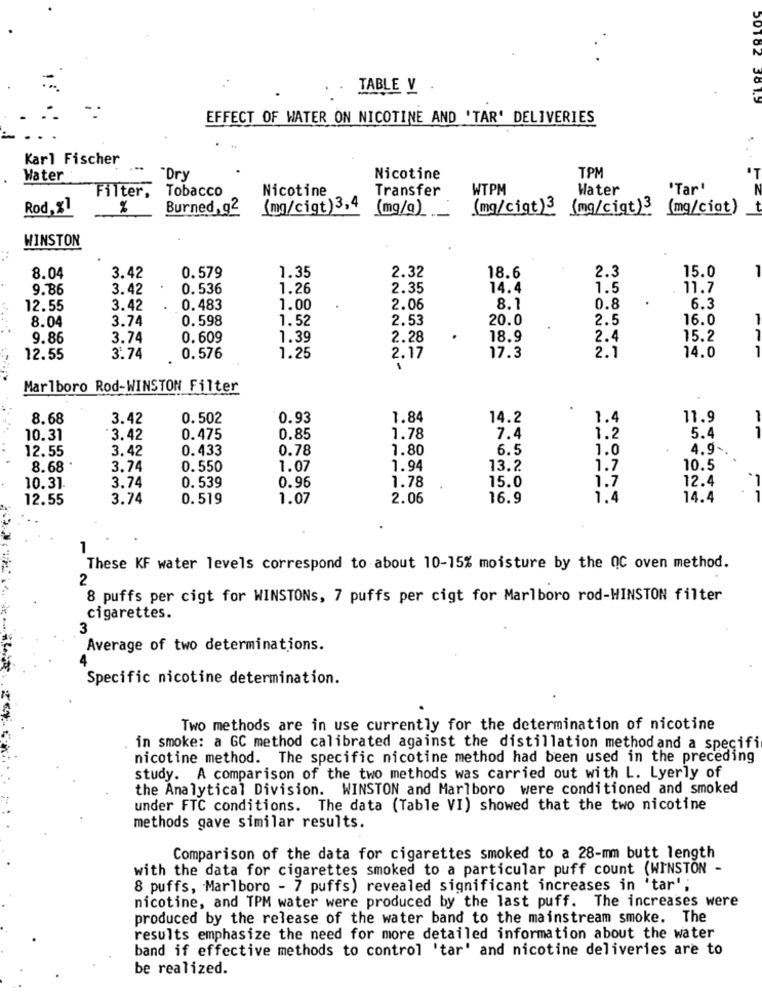
TABLE V
EFFECT OF WATER ON NICOTINE AND 'TAR' DELIVERIES
Karl Fischer
Water
"Dry
Nicotine
TPM
Filter.
Tobacco
Nicotine
Transfer
WTPM
Water
'Tar'
Rod.%1
%
Burned, g2
(mg/cigt)3,4
(mg/g)
(mg/cigt)3
(mg/cigt)3
(mg/ciot)
WINSTON
15.0
8.04
3.42
0.579
1.35
2.32
18.6
2.3
9.86
3.42
0.536
1.26
2.35
14.4
1.5
11.7
12.55
3.42
0.483
1.00
2.06
8.1
0.8
6.3
8.04
3.74
0.598
1.52
2.53
20.0
2.5
16.0
9.86
3.74
0.609
1.39
2.28
18.9
2.4
15.2
17.3
2.1
14.0
12.55
3.74
0.576
1.25
2.17
Marlboro Rod-WINSTON Filter
8.68
3.42
0.502
0.93
1.84
14.2
1.4
11.9
10.31
3.42
0.475
0.85
1.78
7.4
1.2
5.4
12.55
3.42
0.433
0.78
7.80
6.5
1.0
4.9-
8.68
3.74
0.550
1.07
1.94
13.2
1.7
10.5
0. 539
0.96
1.78
15.0
1.7
12.4
10.31
3.74
12.55
3.74
0. 519
1.07
2.06
16.9
1.4
14.4
1
These KF water levels correspond to about 10-15% moisture by the QC oven method.
2
8 puffs per cigt for WINSTONs, 7 puffs per cigt for Marlboro rod-WINSTON filter
cigarettes.
3
Average of two determinations.
Specific nicotine determination.
Two methods are in use currently for the determination of nicotine
in smoke: a GC method calibrated against the distillation method and a specifi
nicotine method. The specific nicotine method had been used in the preceding
study. A comparison of the two methods was carried out with L. Lyerly of
the Analytical Division. WINSTON and Marlboro were conditioned and smoked
under FTC conditions. The data (Table VI) showed that the two nicotine
methods gave similar results.
Comparison of the data for cigarettes smoked to a 28-mm butt length
with the data for cigarettes smoked to a particular puff count (WINSTON -
8 puffs, Marlboro - 7 puffs) revealed significant increases in 'tar';
nicotine, and TPM water were produced by the last puff. The increases were
produced by the release of the water band to the mainstream smoke. The
results emphasize the need for more detailed information about the water
band if effective methods to control 'tar' and nicotine deliveries are to
be realized.